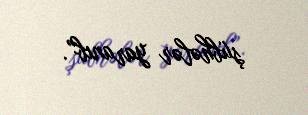
şübhələr yaranıb”.